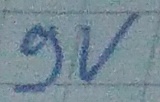
Text: 9v